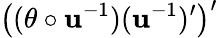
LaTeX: \big((\theta\circ\mathbf{u}^{-1})(\mathbf{u}^{-1})^{\prime}\big)^{\prime}